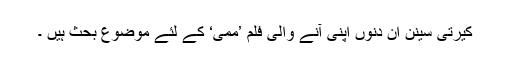
کیرتی سینن ان دنوں اپنی آنے والی فلم ’ممی‘ کے لئے موضوع بحث ہیں ۔